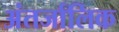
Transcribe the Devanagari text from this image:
अंतर्जालिक